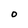
Character: O